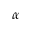
\alpha